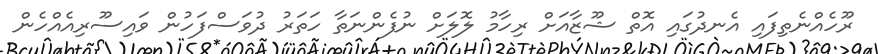
ރޫހެއްނެތިފައި އެނދުގައި އޮތް ޝޫޒާއަށް ރިހާމު ލޮލަށް ނުފެންނަތާ ހަތަރު ދުވަސްފަހުން ވައިސޫރިއެއްހެން